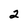
Character: 2